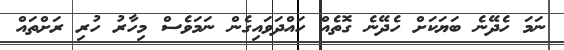
ނަމަ ހެދޭނެ ބަޔަކަށް ހެދޭނެ ގޮތެއް ހައްދަވައިގެން ނަމަވެސް މިހާރު ހުރި ރަށްތައް